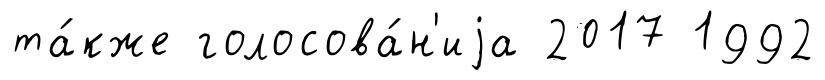
та́кже голосова́н'иjа 2017 1992